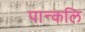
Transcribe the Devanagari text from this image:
पान्कलि